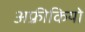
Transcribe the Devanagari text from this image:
अफ़्रीकियो